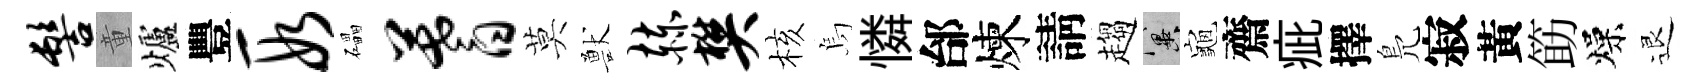
髻童爐豐段礧蓍莫獸赫樊核烏憐邰煉請趨冀龜齋疵擇鳬寂黃筯燥退